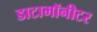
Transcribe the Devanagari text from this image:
डाटामॉनीटर